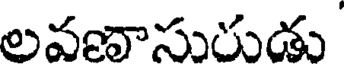
లవణాసురుడు